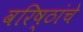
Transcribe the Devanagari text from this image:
वरिष्ठांचे